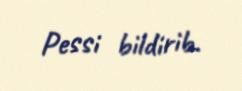
Pessi bildirib.